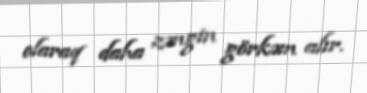
olaraq daha zəngin görkəm alır.